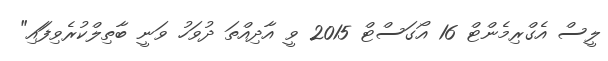
ލީސް އެގްރިމެންޓް 16 އޯގަސްޓް 2015 ވީ އާދިއްތަ ދުވަހު ވަނީ ބާތިލްކުރެވިފަައި"